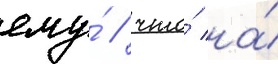
ему́ / что́ на́